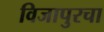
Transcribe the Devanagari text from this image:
विजापुरचा